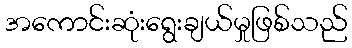
အကောင်းဆုံးရွေးချယ်မှုဖြစ်သည်